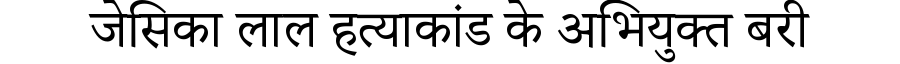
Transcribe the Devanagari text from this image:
जेसिका लाल हत्याकांड के अभियुक्त बरी